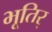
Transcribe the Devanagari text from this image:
भूतिर्